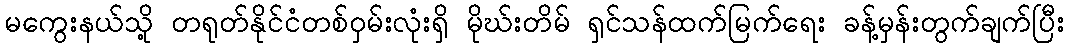
မကွေးနယ်သို့ တရုတ်နိုင်ငံတစ်ဝှမ်းလုံးရှိ မိုဃ်းတိမ် ရှင်သန်ထက်မြက်ရေး ခန့်မှန်းတွက်ချက်ပြီး